Regulations for the medical services of the Army of India
Year: 1930
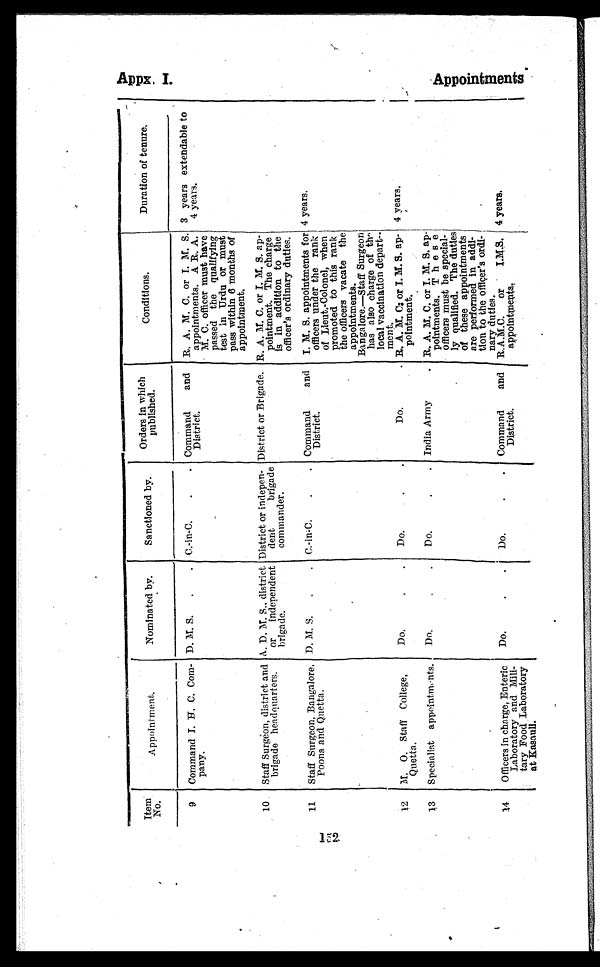
Appx. I.
Item
No.
Appointment.
Nominated by.
Sanctioned by.
Orders in which
published.
Conditions.
Duration of tenure.
9
Command I. H. C. Com
¬pany.
D. M. S.
C.-in-C. Command and
District.
R. A. M. C. or I. M. S.
appointments. A R. A.
M. C. officer must have
passed the qualifying
test in Urdu or must
pass within 6 months of
appointment.
3 years extendable to
4 years.
10
Staff Surgeon, district and
brigade headquarters.
A. D. M. S., district
or independent
brigade.
District or indepen
¬dent brigade
commander.
District or Brigade. R. A. M. C. or I. M. S. ap
¬pointment. The charge
is in addition to the
officer's ordinary duties.
11
Staff Surgeon. Bangalore,
Poona and Quetta.
D. M. S.
C.-in-C.
Command and
District.
I. M. S. appointments for
officers under the rank
of Lieut.-Colonel, when
promoted to this rank
the officers vacate the
appointments.
Bangalore.—Staff Surgeon
has also charge of th
e local vaccination depart
¬ment.
4 years.
12
M. O. Staff College,
Quetta.
Do.
Do.
Do.
R. A. M. C. or I. M. S. ap
¬pointment.
4 years.
13
Specialist appointments.
Do.
Do.
India Army
R. A. M. C. or I. M. S. ap
¬pointments. These
officers must be special
¬ly qualified. The duties
of these appointments
are performed in
a d d i ¬ t i o n t o t h e o f f i c e r ' s o r d i
¬nary duties.
14
Officers in charge, Enteric
Laboratory and Mi
ll¬tary Food Laboratory
at Kasaull.
Do..
Do.
Command and
District.
R.A.M.C. or I.M.S.
appointments
.
4 years.
A p p o i n t m e n t s .